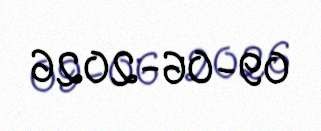
09-06-2026